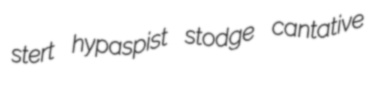
stert hypaspist stodge cantative